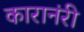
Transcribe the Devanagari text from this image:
कारानंरी